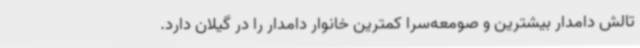
تالش دامدار بیشترین و صومعه‌سرا کمترین خانوار دامدار را در گیلان دارد.